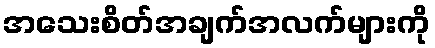
အသေးစိတ်အချက်အလက်များကို